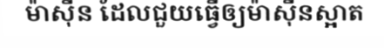
ម៉ាស៊ីន ដែលជួយធ្វើឲ្យម៉ាស៊ីនស្អាត